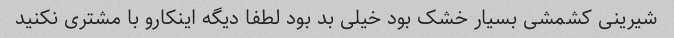
شیرینی کشمشی بسیار خشک بود خیلی بد بود لطفا دیگه اینکارو با مشتری نکنید